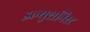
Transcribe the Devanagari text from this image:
इल्युशनिस्ट